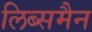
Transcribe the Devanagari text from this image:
लिब्समैन